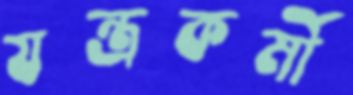
যন্ত্রকর্মী